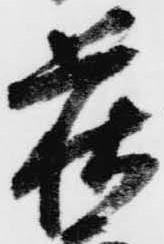
萩